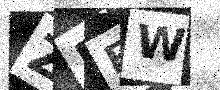
Text: Z5EW